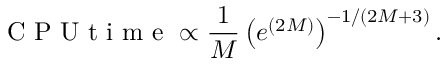
\mathrm { ~ C ~ P ~ U ~ t ~ i ~ m ~ e ~ } \propto \frac { 1 } { M } \left( e ^ { ( 2 M ) } \right) ^ { - 1 / ( 2 M + 3 ) } .